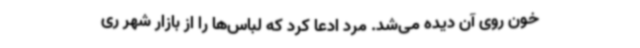
خون روی آن دیده می‌شد. مرد ادعا کرد که لباس‌ها را از بازار شهر ری